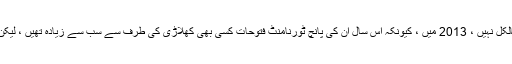
" اس تعریف کے مطابق ٹائیگر قریب تھا ، لیکن بالکل نہیں ، 2013 میں ، کیونکہ اس سال ان کی پانچ ٹورنامنٹ فتوحات کسی بھی کھلاڑی کی طرف سے سب سے زیادہ تھیں ، لیکن کسی بھی میچ میں کوئی فتوحات شامل نہیں تھیں۔